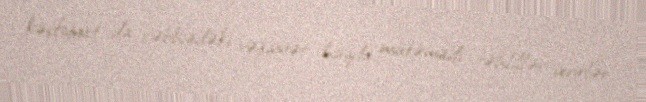
kəşfiyyat da cəbhədəki vəziyyət haqda mütəmadi təhlillər verirlər.